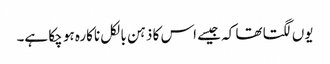
یوں لگتا تھا کہ جیسے اس کا ذہن بالکل ناکارہ ہو چکا ہے۔